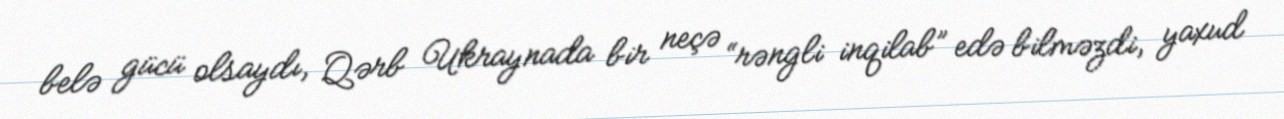
belə gücü olsaydı, Qərb Ukraynada bir neçə “rəngli inqilab” edə bilməzdi, yaxud